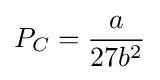
P_{C}={\frac {a}{27b^{2}}}